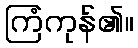
ကြံကုန်၏။